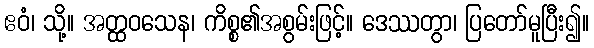
ဧဝံ၊ သို့။ အတ္ထဝသေန၊ ကိစ္စ၏အစွမ်းဖြင့်။ ဒေဿတွာ၊ ပြတော်မူပြီး၍။